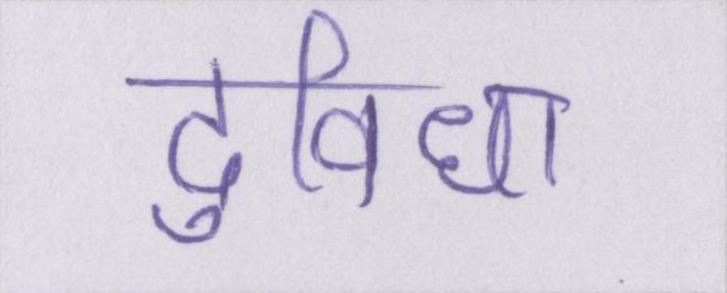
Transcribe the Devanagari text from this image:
दुविधा